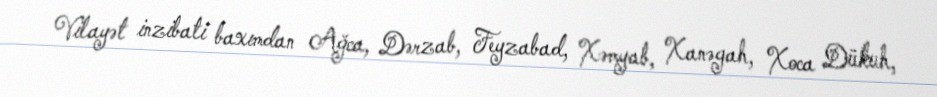
Vilayət inzibati baxımdan Ağca, Dərzab, Feyzabad, Xəmyab, Xanəgah, Xoca Dükuh,